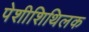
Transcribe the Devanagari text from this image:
पेशीशिथिलक